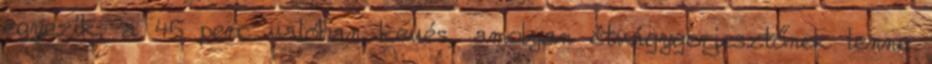
egyezik, a 45 perc valóban kevés, amolyan étvágygerjesztőnek lenne